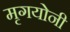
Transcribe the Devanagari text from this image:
मृगयोनी